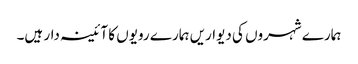
ہمارے شہروں کی دیواریں ہمارے رویوں کا آئینہ دار ہیں۔